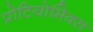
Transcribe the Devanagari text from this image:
प्रोटियोमिक्स